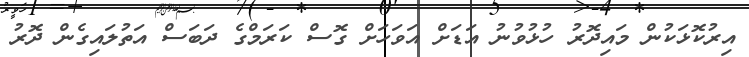
އިރުކޮޅަކުން މައިދޮރު ހުޅުވުނު އަޑަށް އަވަހަށް ގޮސް ކަރަމްގެ ދަބަސް އަތުލައިގެން ދޮރު